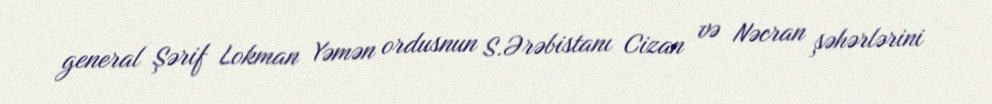
general Şərif Lokman Yəmən ordusnun S.Ərəbistanı Cizan və Nəcran şəhərlərini